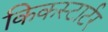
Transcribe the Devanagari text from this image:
किकस्टार्टर